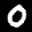
Label: 0